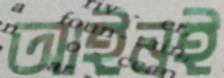
আইনই